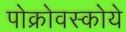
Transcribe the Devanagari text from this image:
पोक्रोवस्कोये